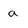
Character: a